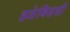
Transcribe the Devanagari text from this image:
हळेबिडशी